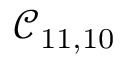
\mathcal { C } _ { 1 1 , 1 0 }